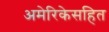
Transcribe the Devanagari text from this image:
अमेरिकेसहित